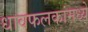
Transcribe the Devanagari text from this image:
धावफलकांमध्ये